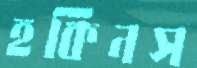
হকিনস